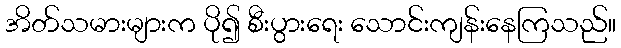
အိတ်သမားများက ပို၍ စီးပွားရေး သောင်းကျန်းနေကြသည်။